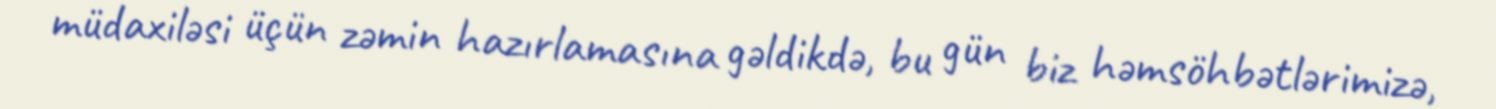
müdaxiləsi üçün zəmin hazırlamasına gəldikdə, bu gün biz həmsöhbətlərimizə,